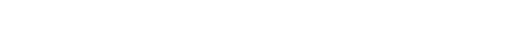
ယင်းသို့ဖြင့် ကျွန်တော့်မှာ ဝမ်းရေးအတွက် အခက်ကြုံရလေသည်။